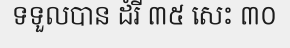
ទទួលបាន ដំរី ៣៥ សេះ ៣០